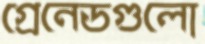
গ্রেনেডগুলো